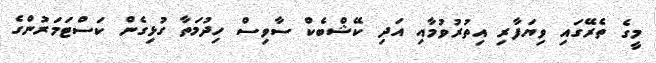
މީގެ ތެރޭގައި ވިޔަފާރި އިތުރުވުމާއި އަދި ކޭޝްބެކް ސާވިސް ހިދުމަތާ ގުޅިގެން ކަސްޓަމަރުންގެ